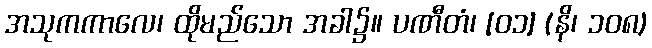
အသုကကာလေ၊ ထိုမည်သော အခါ၌။ ပဏီတံ၊ [၀၁] (နိ၊ ၁၀၈)